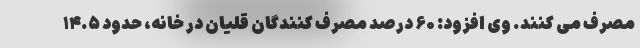
مصرف می کنند. وی افزود: ۶۰ درصد مصرف کنندگان قلیان در خانه، حدود ۱۴.۵